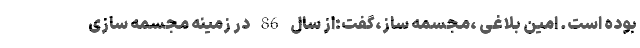
بوده است. امین بلاغی ،مجسمه ساز،گفت:از سال 86 در زمینه مجسمه سازی